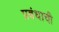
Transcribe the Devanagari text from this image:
प्रबंधाची